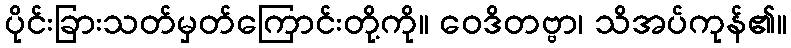
ပိုင်းခြားသတ်မှတ်ကြောင်းတို့ကို။ ဝေဒိတဗ္ဗာ၊ သိအပ်ကုန်၏။